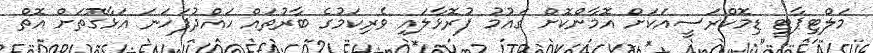
މަލްޓިޕާޓީ ޑިމޮކްރަސީއަކަށް އޮމާންކޮށް ގައުމު ފުރޮޅާލައި ވެރިކަމުގެ ބާރުތައް ހައްދުފަހަނަ އަޅާގޮތަށް އޮތް